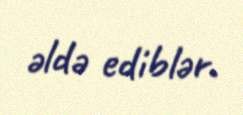
əldə ediblər.